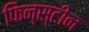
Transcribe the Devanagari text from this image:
फिन्स्टीन